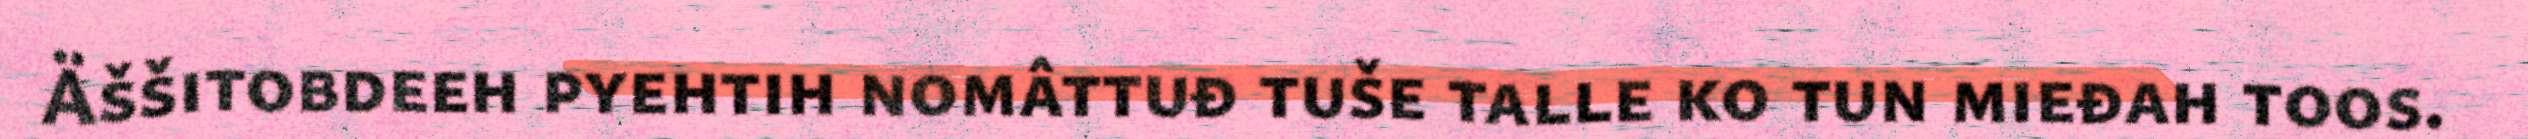
Äššitobdeeh pyehtih nomâttuđ tuše talle ko tun mieđah toos.